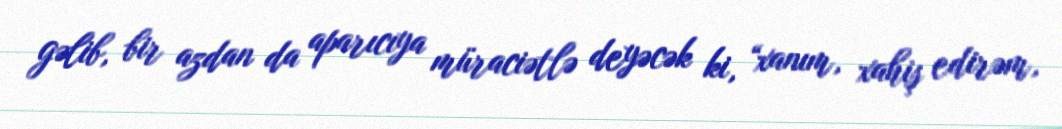
gəlib, bir azdan da aparıcıya müraciətlə deyəcək ki, “xanım, xahiş edirəm,